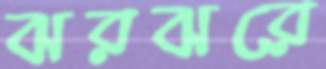
ঝরঝরে